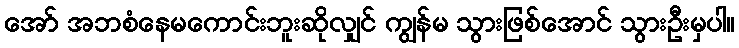
အော် အဘစံနေမကောင်းဘူးဆိုလျှင် ကျွန်မ သွားဖြစ်အောင် သွားဦးမှပါ။